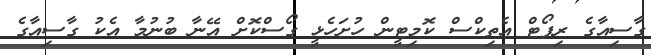
ގާސިއާގެ ރިޕޯޓް އެތިކްސް ކޮމިޓީން ހުށަހެޅީ ގޯސްކޮށް އޭނާ ބުނުމާ އެކު ގާސިއާގެ